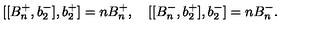
[ [ B _ { n } ^ { + } , b _ { 2 } ^ { - } ] , b _ { 2 } ^ { + } ] = n B _ { n } ^ { + } , \quad [ [ B _ { n } ^ { - } , b _ { 2 } ^ { + } ] , b _ { 2 } ^ { - } ] = n B _ { n } ^ { - } .